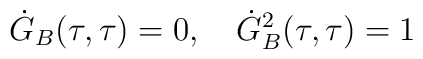
\dot G_B(\tau,\tau)=0,\quad\dot G_B^2(\tau,\tau)=1